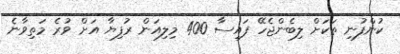
ކުންފުނި ތަކަށް ލިބެންޖެހޭ ފައިސާ 400 މިލިއަން ރުފިޔާ އަށް ވުރެ މަތިވާނެ